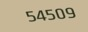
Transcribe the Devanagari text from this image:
५४५०९